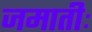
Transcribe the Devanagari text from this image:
जमातीः